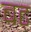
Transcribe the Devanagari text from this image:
बट्